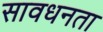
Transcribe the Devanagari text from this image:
सावधनता